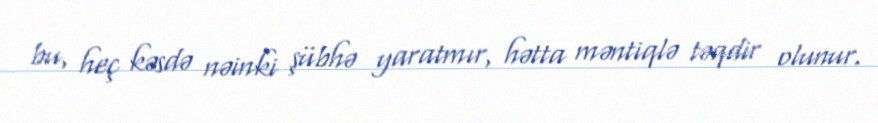
bu, heç kəsdə nəinki şübhə yaratmır, hətta məntiqlə təqdir olunur.